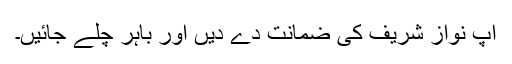
آپ نواز شریف کی ضمانت دے دیں اور باہر چلے جائیں۔